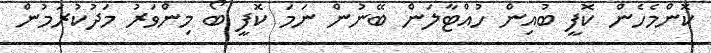
ކޮންމެހެން ކޮފީ ބުއިން ހުއްޓާލަން ބޭނުން ނަމަ ކޮފީ ބޯ މިންވަރު މަދުކުރަމުން